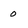
Character: 0